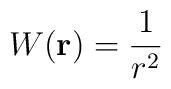
W({\bf r})=\frac{1}{r^{2}}\;